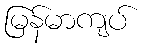
မြန်မာကျပ်